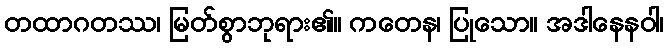
တထာဂတဿ၊ မြတ်စွာဘုရား၏။ ကတေန၊ ပြုသော။ အဒါနေနဝါ၊